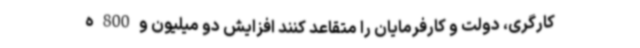
کارگری، دولت و کارفرمایان را متقاعد کنند افزایش دو میلیون و 800 ه